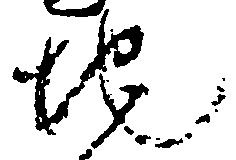
地